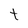
Character: t